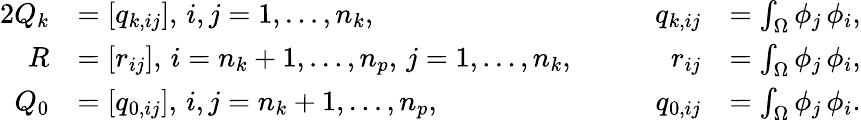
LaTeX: \begin{array}{rlrl}{{2}Q_{k}}&{=[q_{k,ij}],\, i,j=1,\dotsc,n_{k},}&{\qquad q_{k,ij}}&{=\int_{\Omega}\phi_{j}\, \phi_{i},}\\ {R}&{=[r_{ij}],\, i=n_{k}+1,\dotsc,n_{p},\, j=1,\dotsc,n_{k},}&{\qquad r_{ij}}&{=\int_{\Omega}\phi_{j}\, \phi_{i},}\\ {Q_{0}}&{=[q_{0,ij}],\, i,j=n_{k}+1,\dotsc,n_{p},}&{\qquad q_{0,ij}}&{=\int_{\Omega}\phi_{j}\, \phi_{i}.}\end{array}